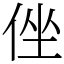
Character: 侳